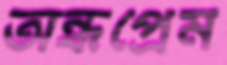
অন্ধপ্রেম